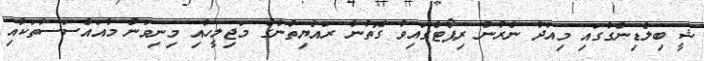
ޝީ ބިލްޑިންގުގައި މިއަދު ނެރުނު ރިޕޯޓްގައިވާ ގޮތުން ރައްޔިތުންގެ މަޖިލީހާއި މިނިވަން މުއައްސަސާތަކާއި